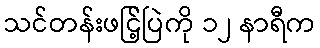
သင်တန်းဖငြ့်ပြဲကို ၁၂ နာရီက